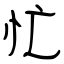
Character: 忙